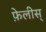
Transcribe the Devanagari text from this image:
फ़ेलीस्